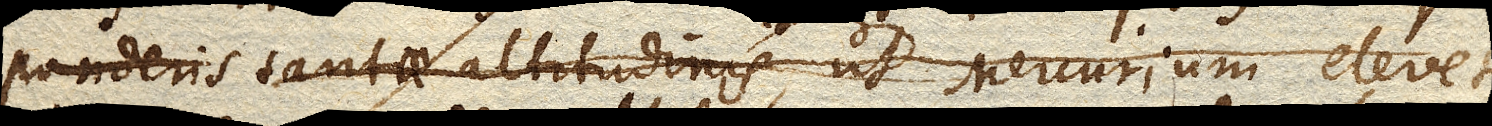
ponderis tantae altitudinis, ut Mercurium elevet